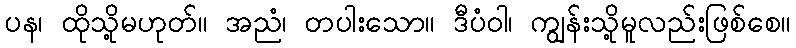
ပန၊ ထိုသို့မဟုတ်။ အညံ၊ တပါးသော။ ဒီပံဝါ၊ ကျွန်းသို့မူလည်းဖြစ်စေ။